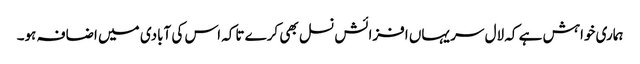
ہماری خواہش ہے کہ لال سر یہاں افزائش نسل بھی کرے تاکہ اس کی آبادی میں اضافہ ہو۔